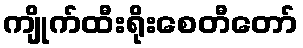
ကျိုက်ထီးရိုးစေတီတော်